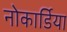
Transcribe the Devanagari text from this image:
नोकार्डिया